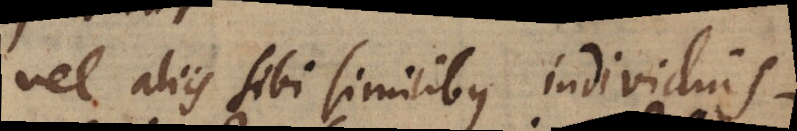
vel aliis sibi similibus individuis